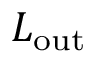
L _ { \mathrm { o u t } }